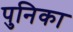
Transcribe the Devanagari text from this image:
पुनिका